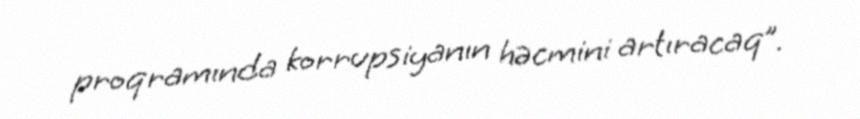
proqramında korrupsiyanın həcmini artıracaq”.